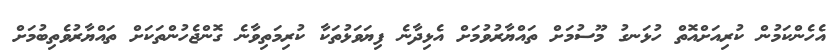
އެހެންކަމުން ކުރިއަށްއޮތް ހުޅަނގު މޫސުމަށް ތައްޔާރުވުމަށް އެޅިދާނެ ފިޔަވަޅުތަކާ ކުރިމަތިވާނެ ގޮންޖެހުންތަކަށް ތައްޔާރުވެތިބުމަށް